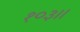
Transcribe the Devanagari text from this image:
१०३।।